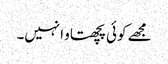
مجھے کوئی پچھتاو انہیں۔